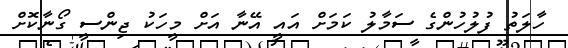
ހާލަތު ފުލުހުންގެ ސަމާލު ކަމަށް އައީ އޭނާ އަށް މީހަކު ޖިންސީ ގޯނާކޮށް